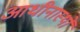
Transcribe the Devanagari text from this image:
आधीनास्थों